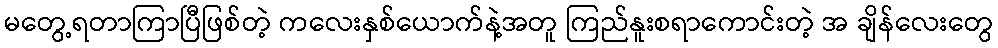
မတွေ့ရတာကြာပြီဖြစ်တဲ့ ကလေးနှစ်ယောက်နဲ့အတူ ကြည်နူးစရာကောင်းတဲ့ အ ချိန်လေးတွေ